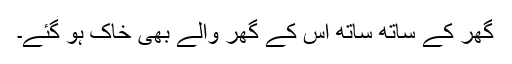
گھر کے ساتھ ساتھ اس کے گھر والے بھی خاک ہو گئے۔